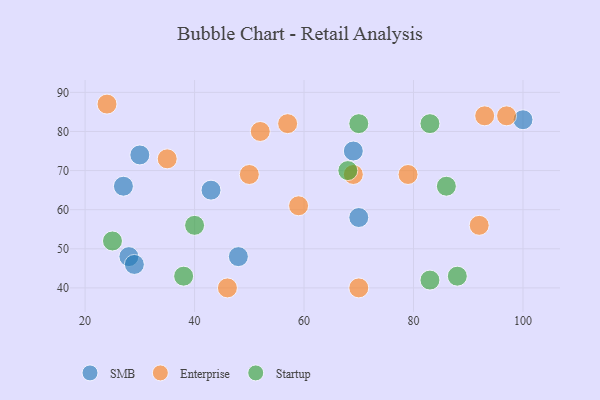
{"axis": {"x": "GDP", "y": "Life Expectancy"}, "legend": ["Enterprise", "SMB", "Startup"], "data": [{"x": "27", "y": 66, "type": "SMB"}, {"x": "28", "y": 48, "type": "SMB"}, {"x": "70", "y": 58, "type": "SMB"}, {"x": "69", "y": 75, "type": "SMB"}, {"x": "48", "y": 48, "type": "SMB"}, {"x": "100", "y": 83, "type": "SMB"}, {"x": "30", "y": 74, "type": "SMB"}, {"x": "43", "y": 65, "type": "SMB"}, {"x": "29", "y": 46, "type": "SMB"}, {"x": "52", "y": 80, "type": "Enterprise"}, {"x": "57", "y": 82, "type": "Enterprise"}, {"x": "93", "y": 84, "type": "Enterprise"}, {"x": "59", "y": 61, "type": "Enterprise"}, {"x": "70", "y": 40, "type": "Enterprise"}, {"x": "46", "y": 40, "type": "Enterprise"}, {"x": "79", "y": 69, "type": "Enterprise"}, {"x": "35", "y": 73, "type": "Enterprise"}, {"x": "50", "y": 69, "type": "Enterprise"}, {"x": "24", "y": 87, "type": "Enterprise"}, {"x": "69", "y": 69, "type": "Enterprise"}, {"x": "97", "y": 84, "type": "Enterprise"}, {"x": "92", "y": 56, "type": "Enterprise"}, {"x": "38", "y": 43, "type": "Startup"}, {"x": "86", "y": 66, "type": "Startup"}, {"x": "25", "y": 52, "type": "Startup"}, {"x": "68", "y": 70, "type": "Startup"}, {"x": "70", "y": 82, "type": "Startup"}, {"x": "83", "y": 82, "type": "Startup"}, {"x": "88", "y": 43, "type": "Startup"}, {"x": "83", "y": 42, "type": "Startup"}, {"x": "40", "y": 56, "type": "Startup"}]}